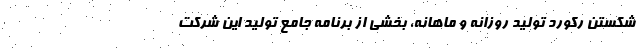
شکستن رکورد تولید روزانه و ماهانه، بخشی از برنامه جامع تولید این شرکت